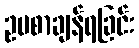
ဥပစာချန်ရခြင်း